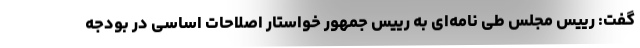
گفت: رییس مجلس طی نامه‌ای به رییس جمهور خواستار اصلاحات اساسی در بودجه